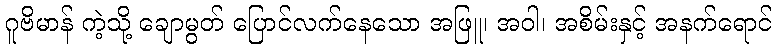
ဂူဗိမာန် ကဲ့သို့ ချောမွတ် ပြောင်လက်နေသော အဖြူ၊ အဝါ၊ အစိမ်းနှင့် အနက်ရောင်